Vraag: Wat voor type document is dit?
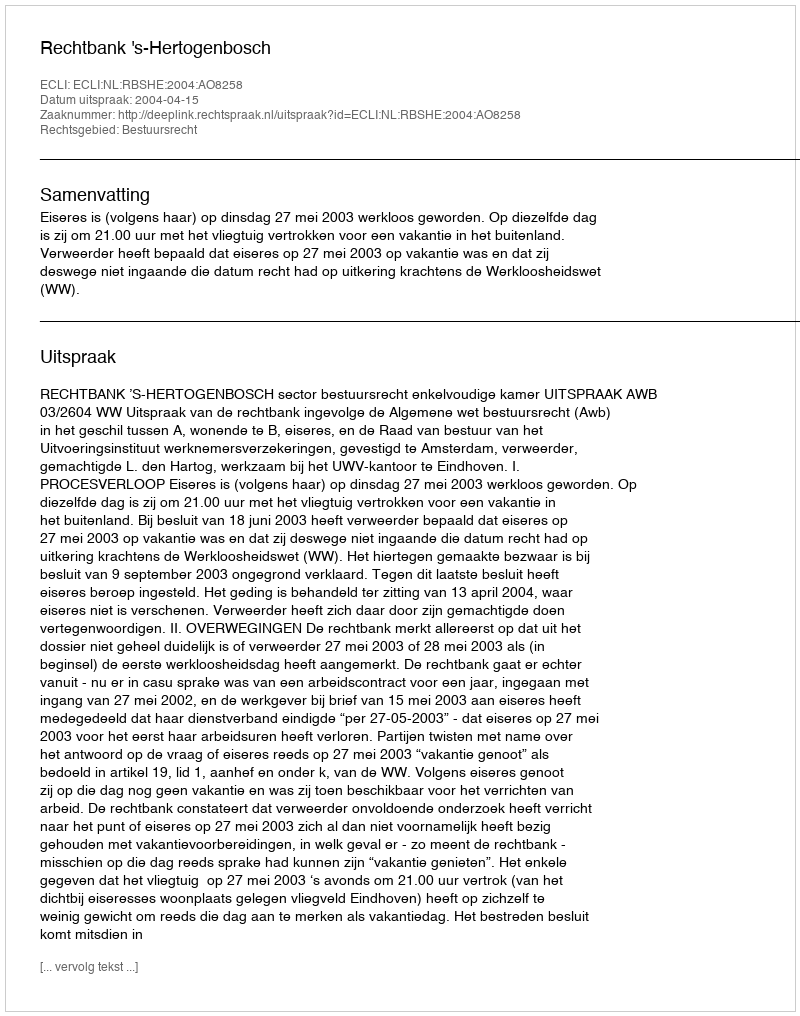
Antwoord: Uitspraak